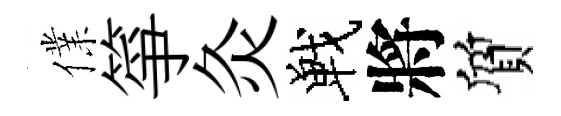
㒒箏灸戰將質